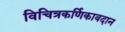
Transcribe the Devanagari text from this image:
विचित्रकर्णिकावदान